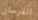
الفرسان